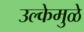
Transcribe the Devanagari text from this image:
उल्केमुळे